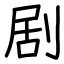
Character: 剧